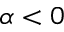
\alpha < 0